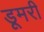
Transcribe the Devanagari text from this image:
डूमरी